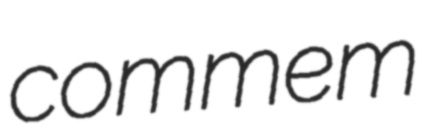
commem